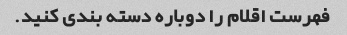
فهرست اقلام را دوباره دسته بندی کنید.